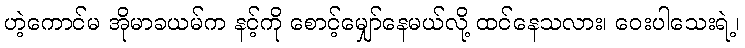
ဟဲ့ကောင်မ အိုမာခယမ်က နင့်ကို စောင့်မျှော်နေမယ်လို့ ထင်နေသလား၊ ဝေးပါသေးရဲ့၊